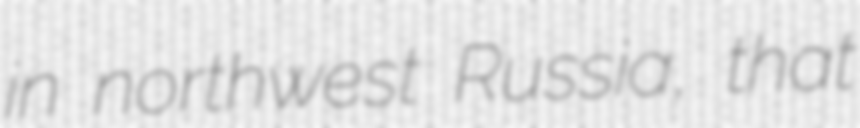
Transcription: in northwest Russia, that